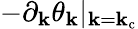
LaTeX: -\partial_{\mathbf{k}}\theta_{\mathbf{k}}\vert_{\mathbf{k}=\mathbf{k}_{\mathrm{{c}}}}